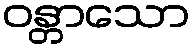
ဝန္တာသော